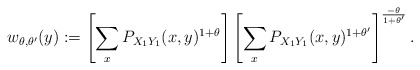
\begin{align*}w_{\theta,\theta^\prime}(y) := \left[ \sum_x P_{X_1 Y_1}(x,y)^{1+\theta} \right] \left[ \sum_x P_{X_1 Y_1}(x,y)^{1+\theta^\prime} \right]^{\frac{-\theta}{1+\theta^\prime}}.\end{align*}